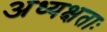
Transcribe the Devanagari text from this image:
अध्यक्षताः